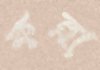
কন্না